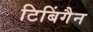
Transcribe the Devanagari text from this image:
टिबिंगैन